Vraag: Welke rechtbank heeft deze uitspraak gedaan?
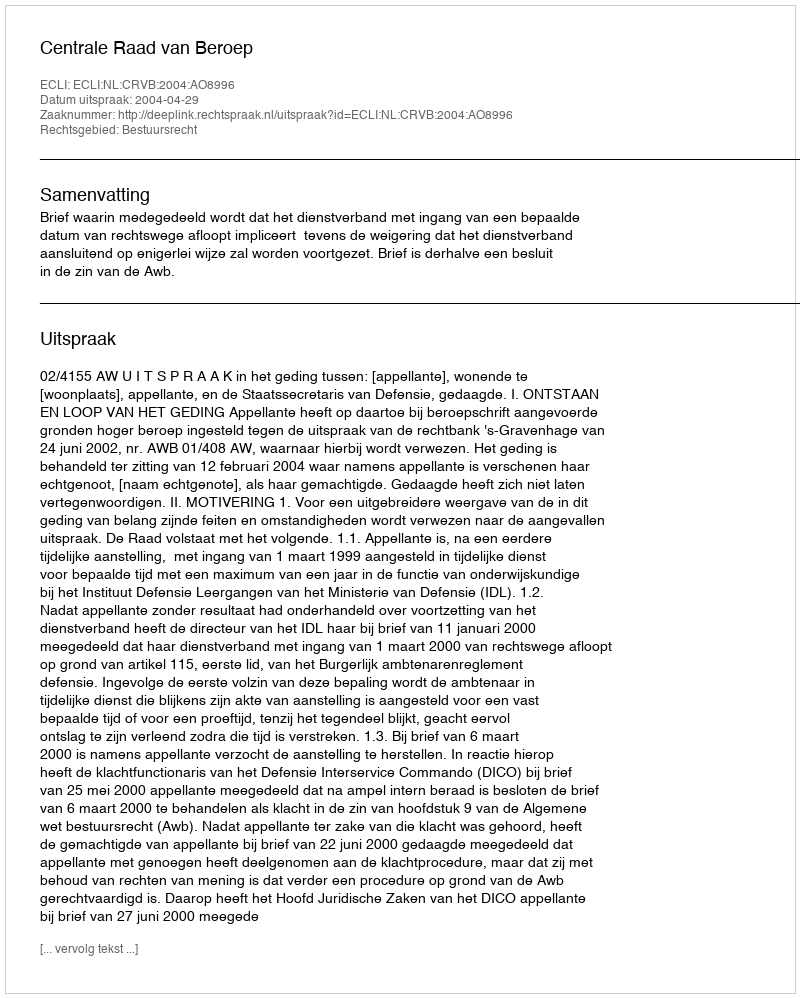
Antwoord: Centrale Raad van Beroep